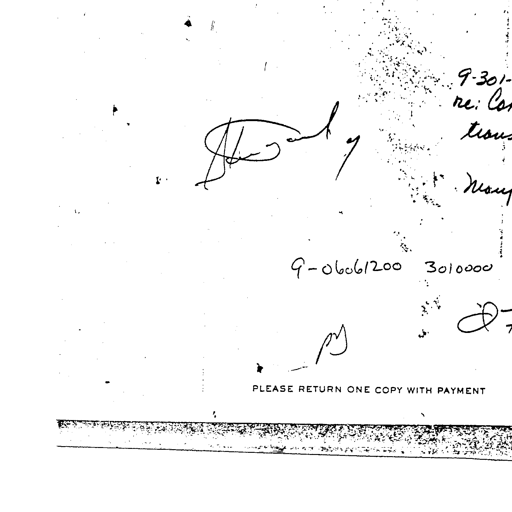
9-301-
re: Cor
trans
Mary
9-06061200 3010000
ps
PLEASE RETURN ONE COPY WITH PAYMENT